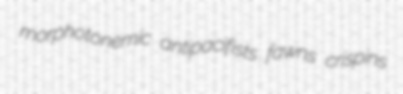
morphotonemic antipacifists fawns crispins